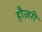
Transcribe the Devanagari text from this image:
हौज़री